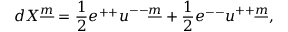
d X ^ { \underline { { { m } } } } = { \frac { 1 } { 2 } } e ^ { + + } u ^ { -- \underline { { { m } } } } + { \frac { 1 } { 2 } } e ^ { -- } u ^ { + + \underline { { { m } } } } ,